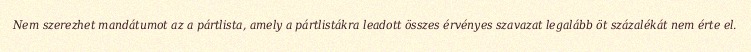
Nem szerezhet mandátumot az a pártlista, amely a pártlistákra leadott összes érvényes szavazat legalább öt százalékát nem érte el.